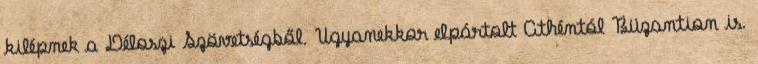
kilépnek a Déloszi Szövetségből. Ugyanekkor elpártolt Athéntól Büzantion is.